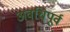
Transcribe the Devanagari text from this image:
अवधिपूर्व